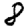
Digit: 8